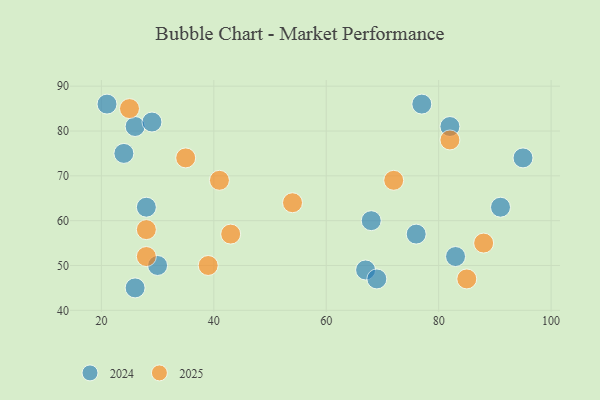
{"axis": {"x": "GDP", "y": "Life Expectancy"}, "legend": ["2024", "2025"], "data": [{"x": "26", "y": 81, "type": "2024"}, {"x": "24", "y": 75, "type": "2024"}, {"x": "76", "y": 57, "type": "2024"}, {"x": "68", "y": 60, "type": "2024"}, {"x": "26", "y": 45, "type": "2024"}, {"x": "82", "y": 81, "type": "2024"}, {"x": "67", "y": 49, "type": "2024"}, {"x": "69", "y": 47, "type": "2024"}, {"x": "28", "y": 63, "type": "2024"}, {"x": "29", "y": 82, "type": "2024"}, {"x": "21", "y": 86, "type": "2024"}, {"x": "83", "y": 52, "type": "2024"}, {"x": "91", "y": 63, "type": "2024"}, {"x": "30", "y": 50, "type": "2024"}, {"x": "95", "y": 74, "type": "2024"}, {"x": "77", "y": 86, "type": "2024"}, {"x": "28", "y": 52, "type": "2025"}, {"x": "54", "y": 64, "type": "2025"}, {"x": "35", "y": 74, "type": "2025"}, {"x": "41", "y": 69, "type": "2025"}, {"x": "39", "y": 50, "type": "2025"}, {"x": "43", "y": 57, "type": "2025"}, {"x": "88", "y": 55, "type": "2025"}, {"x": "72", "y": 69, "type": "2025"}, {"x": "85", "y": 47, "type": "2025"}, {"x": "82", "y": 78, "type": "2025"}, {"x": "25", "y": 85, "type": "2025"}, {"x": "28", "y": 58, "type": "2025"}]}